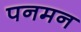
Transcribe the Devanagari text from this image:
पनमन